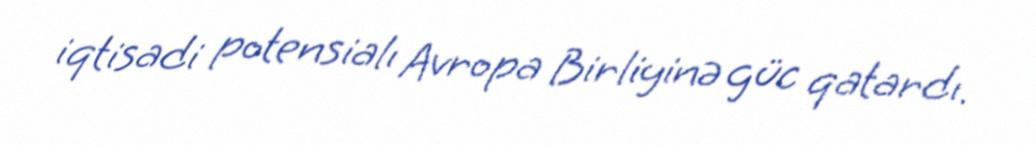
iqtisadi potensialı Avropa Birliyinə güc qatardı.